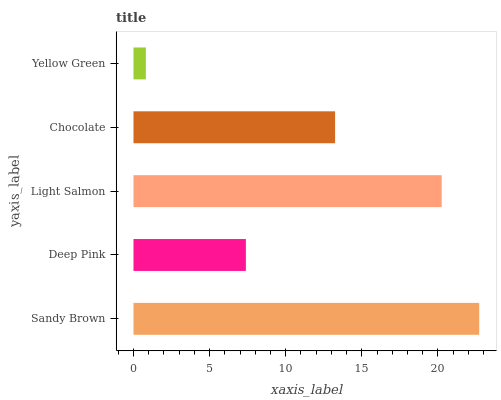
| yaxis_label | bars |
 | --- | --- |
 | Sandy Brown | 22.7 |
 | Deep Pink | 7.38 |
 | Light Salmon | 20.3 |
 | Chocolate | 13.2 |
 | Yellow Green | 0.813 |